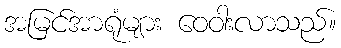
အမြင်အာရုံများ ဝေဝါးလာသည်။